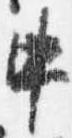
中